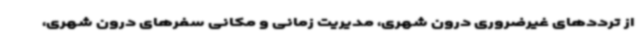
از ترددهای غیرضروری درون شهری، مدیریت زمانی و مکانی سفرهای درون شهری،